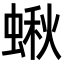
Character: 𧎐